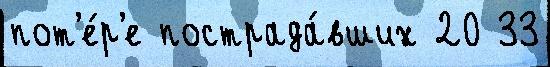
пот'е́р'е пострада́вших 20 33